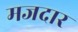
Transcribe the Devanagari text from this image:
मजदार